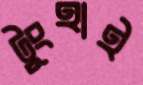
টুংহাই